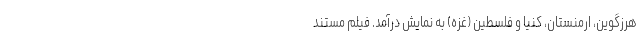
هرزگوین، ارمنستان، کنیا و فلسطین (غزه) به نمایش درآمد. فیلم مستند